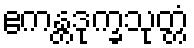
ဧကန္တဒုက္ခသုတ္တံ